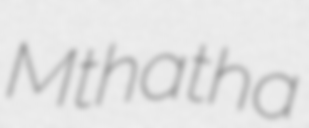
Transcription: Mthatha